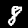
Label: 8